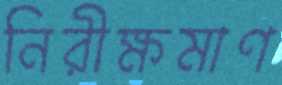
নিরীক্ষমাণ